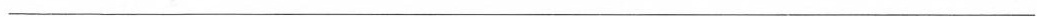
___